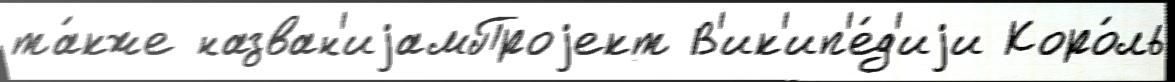
та́кже назван'иjамПроjект В'ик'ип'е́д'иjи Коро́ль